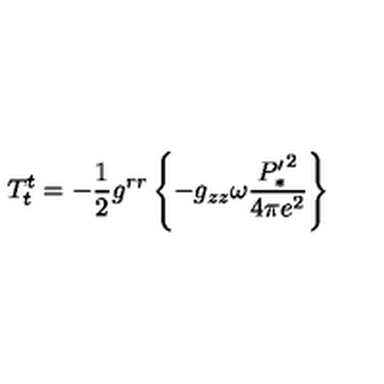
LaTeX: T _ { t } ^ { t } = - \frac { 1 } { 2 } g ^ { r r } \left\{ - g _ { z z } \omega \frac { { P _ { * } ^ { \prime } } ^ { 2 } } { 4 \pi e ^ { 2 } } \right\}